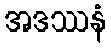
အဒဿနံ